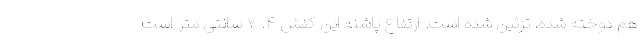
هم دوخته شده، تزئین شده است. ارتفاع پاشنه این کفش ۴. ۷ سانتی متر است